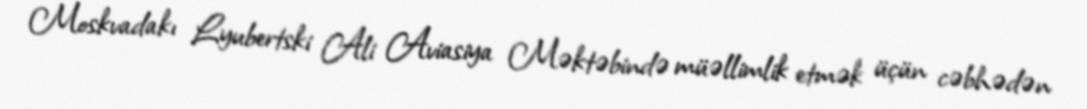
Moskvadakı Lyubertski Ali Aviasiya Məktəbində müəllimlik etmək üçün cəbhədən